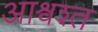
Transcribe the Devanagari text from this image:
आश्वश्त